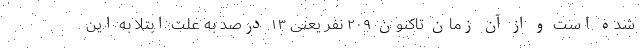
شده است و از آن زمان تاکنون ۲۰۹ نفر یعنی ۱۳ درصد به علت ابتلا به این